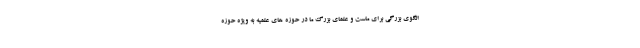
الگوی بزرگی برای ماست و علمای بزرگ ما در حوزه های علمیه به ویژه حوزه